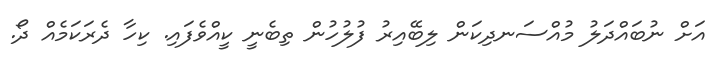
އަށް ނުބައްދަލު މުއްސަނދިކަން ލިބޭއިރު ފުލުހުން ތިބެނީ ކީއްވެފައި. ކިހާ ދެރަކަމެއް ދޯ.